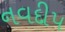
નવદીપ